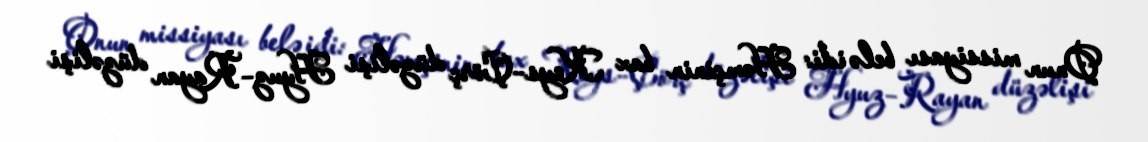
Onun missiyası belə idi: Həmçinin bax Keys–Çörç düzəlişi Hyuz–Rayan düzəlişi